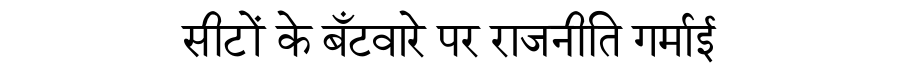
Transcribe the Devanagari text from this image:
सीटों के बँटवारे पर राजनीति गर्माई